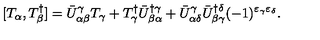
[ T _ { \alpha } , T _ { \beta } ^ { \dagger } ] = \bar { U } _ { \alpha \beta } ^ { \gamma } T _ { \gamma } + T _ { \gamma } ^ { \dagger } \bar { U } _ { \beta \alpha } ^ { \dagger \gamma } + \bar { U } _ { \alpha \delta } ^ { \gamma } \bar { U } _ { \beta \gamma } ^ { \dagger \delta } ( - 1 ) ^ { \varepsilon _ { \gamma } \varepsilon _ { \delta } } .